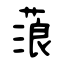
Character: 蒗